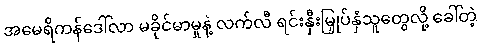
အမေရိကန်ဒေါ်လာ မခိုင်မာမှုနဲ့ လက်လီ ရင်းနှီးမြှုပ်နှံသူတွေလို့ ခေါ်တဲ့